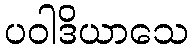
ပဝါဒိယာသေ